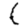
Digit: 1